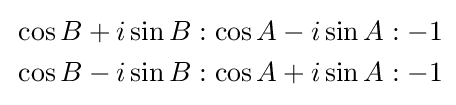
{\begin{aligned}&\cos B+i\sin B:\cos A-i\sin A:-1\\&\cos B-i\sin B:\cos A+i\sin A:-1\end{aligned}}